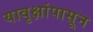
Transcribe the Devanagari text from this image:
यावृक्षांपासून